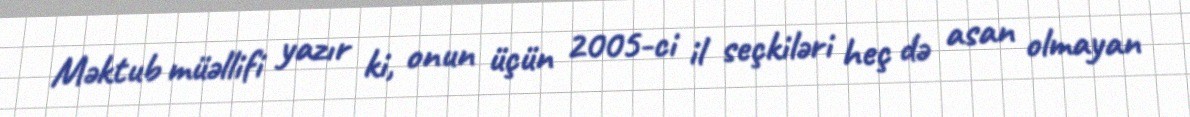
Məktub müəllifi yazır ki, onun üçün 2005-ci il seçkiləri heç də asan olmayan